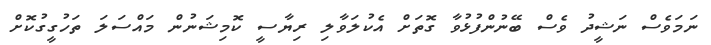
ނަމަވެސް ނަޝީދު ވެސް ބޭނުންފުޅުވާ ގޮތަށް އެކުލަވާލި ރިޔާސީ ކޮމިޝަނުން މައްސަލަ ތަހުގީގުކޮށް